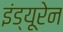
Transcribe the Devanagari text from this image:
इंड्यूरेन